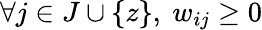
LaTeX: \forall j\in J\cup\{ z\} ,\ w_{ij}\geq 0